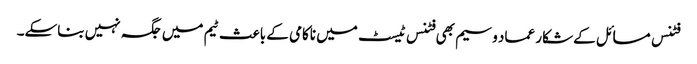
فٹنس مسائل کے شکار عماد وسیم بھی فٹنس ٹیسٹ میں ناکامی کے باعث ٹیم میں جگہ نہیں بناسکے۔